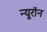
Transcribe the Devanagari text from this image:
न्‍यूरॉन